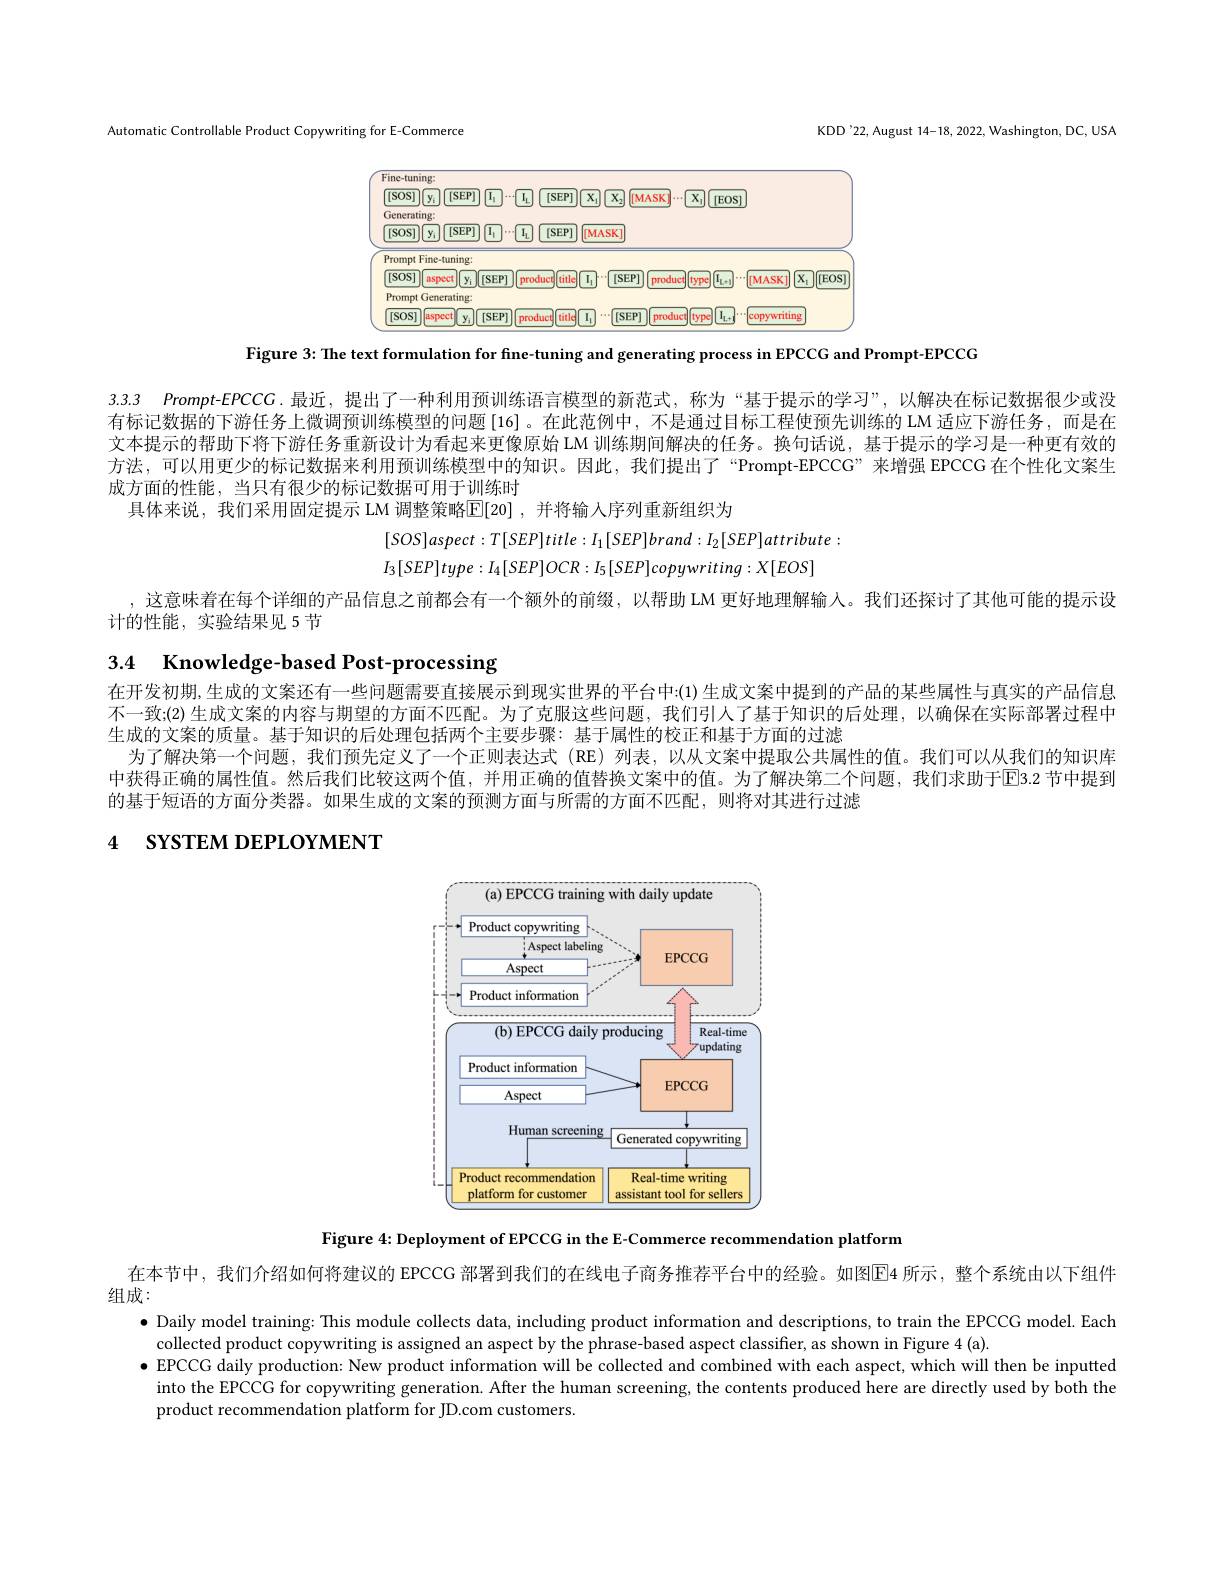
Automatic Controllable Product Copywriting for E-Commerce

KDD'22, August 14-18, 2022, Washington, DC, USA

<FigureHere>

Figure 3: The text formulation for fine-tuning and generating process in EPCCG and Prompt-EPCCG

3.3.3 Prompt-EPCCG.最近，提出了一种利用预训练语言模型的新范式，称为“基于提示的学习”,以解决在标记数据很少或没

有标记数据的下游任务上微调预训练模型的问题[16]。在此范例中，不是通过目标工程使预先训练的 LM 适应下游任务，而是在文本提示的帮助下将下游任务重新设计为看起来更像原始 LM 训练期间解决的任务。换句话说，基于提示的学习是一种更有效的方法，可以用更少的标记数据来利用预训练模型中的知识。因此，我们提出了“Prompt-EPCCG”来增强 EPCCG 在个性化文案生成方面的性能，当只有很少的标记数据可用于训练时
具体来说，我们采用固定提示 LM 调整策略$\mathbb{E}[20]$ ,并将输入序列重新组织为
$$[SOS]aspect:T[SEP]title:I_{1}[SEP]brand:I_{2}[SEP]attribute$$
$$I_{3}[SEP]type:I_{4}[SEP]OCR:I_{5}[SEP]copywriting:X[EOS]$$
,这意味着在每个详细的产品信息之前都会有一个额外的前缀，以帮助 LM 更好地理解输人。我们还探讨了其他可能的提示设
计的性能，实验结果见 5 节

# 3.4 Knowledge-based Post-processing

在开发初期，生成的文案还有一些问题需要直接展示到现实世界的平台中：(1)生成文案中提到的产品的某些属性与真实的产品信息不一致；(2) 生成文案的内容与期望的方面不匹配。为了克服这些问题，我们引人了基于知识的后处理，以确保在实际部署过程中生成的文案的质量。基于知识的后处理包括两个主要步骤：基于属性的校正和基于方面的过滤
为了解决第一个问题，我们预先定义了一个正则表达式(RE)列表，以从文案中提取公共属性的值。我们可以从我们的知识库中获得正确的属性值。然后我们比较这两个值，并用正确的值替换文案中的值。为了解决第二个问题，我们求助于EB.2 节中提到的基于短语的方面分类器。如果生成的文案的预测方面与所需的方面不匹配，则将对其进行过滤

4 SYSTEM DEPLOYMENT

<FigureHere>

Figure 4: Deployment of EPCCG in the E-Commerce recommendation platform

在本节中，我们介绍如何将建议的 EPCCG 部署到我们的在线电子商务推荐平台中的经验。如图E4 所示，整个系统由以下组件
组成：
$\bullet$ Daily model training: This module collects data, including product information and descriptions, to train the EPCCG model. Each
collected product copywriting is assigned an aspect by the phrase-based aspect classifier, as shown in Figure 4 (a).
$\bullet$ EPCCG daily production: New product information will be collected and combined with each aspect, which will then be inputted
into the EPCCG for copywriting generation. After the human screening, the contents produced here are directly used by both the
product recommendation platform for JD.com customers